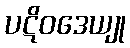
ပဋိဝဒေယျု